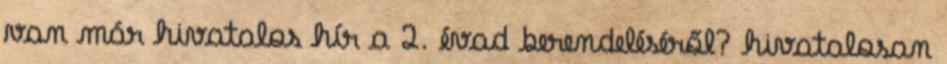
van már hivatalos hír a 2. évad berendeléséről? hivatalosan